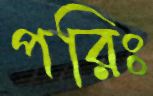
পরিঃ